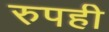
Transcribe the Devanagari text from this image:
रुपही